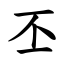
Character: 丕